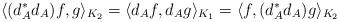
LaTeX: \begin{align*}\langle (d_A^\ast d_A) f,g \rangle_{K_2} = \langle d_A f, d_A g \rangle_{K_1} = \langle f, (d_A^\ast d_A) g \rangle_{K_2}\end{align*}